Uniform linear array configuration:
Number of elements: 8
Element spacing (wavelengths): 0.5
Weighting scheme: hamming
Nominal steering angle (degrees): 45
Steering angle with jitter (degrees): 45.077
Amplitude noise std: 0.05
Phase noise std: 0.05

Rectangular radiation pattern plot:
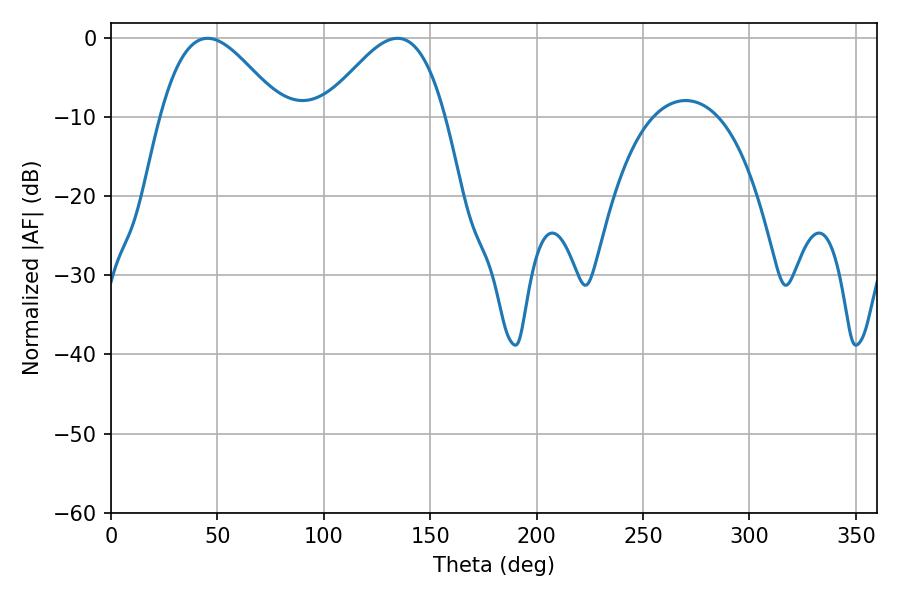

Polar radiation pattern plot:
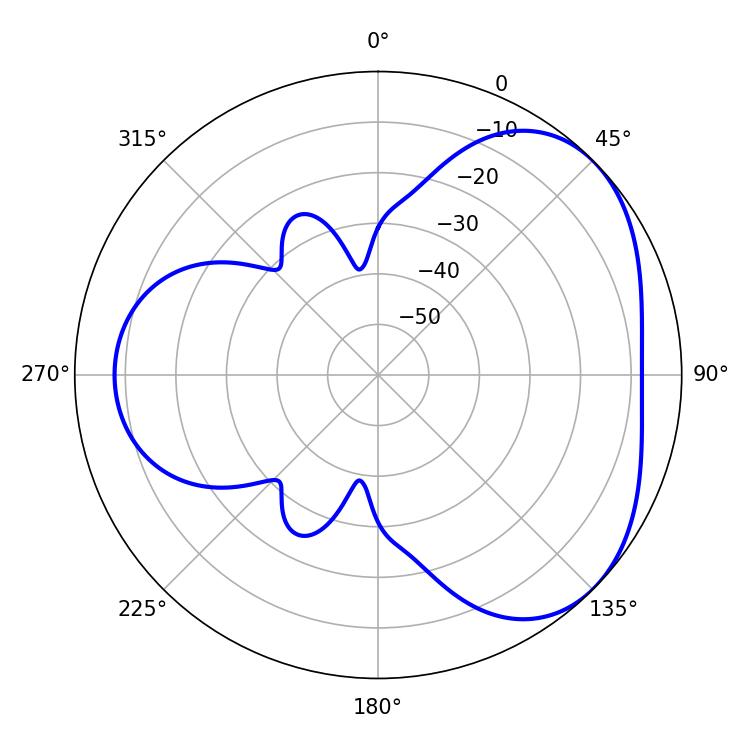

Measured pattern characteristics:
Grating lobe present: FALSE
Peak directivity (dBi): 3.954
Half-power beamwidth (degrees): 30.6
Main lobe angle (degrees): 45.36